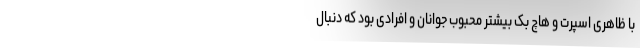
با ظاهری اسپرت و هاچ بک بیشتر محبوب جوانان و افرادی بود که دنبال